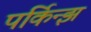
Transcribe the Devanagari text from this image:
पर्किन्झ